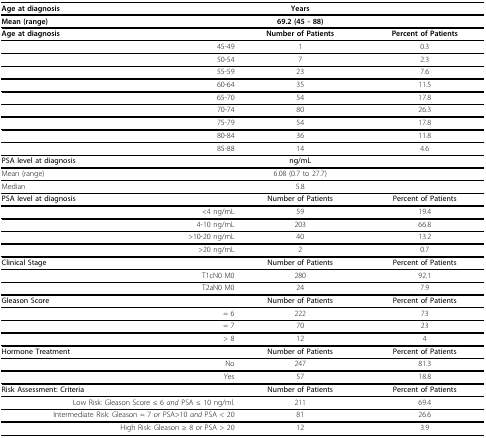
| Age at diagnosis | Years |  |
 | --- | --- | --- |
 | Mean (range) | 69.2 (45 - 88) |  |
 | Age at diagnosis | Number of Patients | Percent of Patients |
 | 45-49 | 1 | 0.3 |
 | 50-54 | 7 | 2.3 |
 | 55-59 | 23 | 7.6 |
 | 60-64 | 35 | 11.5 |
 | 65-70 | 54 | 17.8 |
 | 70-74 | 80 | 26.3 |
 | 75-79 | 54 | 17.8 |
 | 80-84 | 36 | 11.8 |
 | 85-88 | 14 | 4.6 |
 | PSA level at diagnosis | ng/mL |  |
 | Mean (range) | 6.08 (0.7 to 27.7) |  |
 | Median | 5.8 |  |
 | PSA level at diagnosis | Number of Patients | Percent of Patients |
 | <4 ng/mL | 59 | 19.4 |
 | 4-10 ng/mL | 203 | 66.8 |
 | >10-20 ng/mL | 40 | 13.2 |
 | >20 ng/mL | 2 | 0.7 |
 | Clinical Stage | Number of Patients | Percent of Patients |
 | T1cN0 M0 | 280 | 92.1 |
 | T2aN0 M0 | 24 | 7.9 |
 | Gleason Score | Number of Patients | Percent of Patients |
 | = 6 | 222 | 73 |
 | = 7 | 70 | 23 |
 | > 8 | 12 | 4 |
 | Hormone Treatment | Number of Patients | Percent of Patients |
 | No | 247 | 81.3 |
 | Yes | 57 | 18.8 |
 | Risk Assessment: Criteria | Number of Patients | Percent of Patients |
 | Low Risk: Gleason Score ≤ 6 and PSA ≤ 10 ng/ml. | 211 | 69.4 |
 | Intermediate Risk: Gleason = 7 or PSA>10 and PSA < 20 | 81 | 26.6 |
 | High Risk: Gleason ≥ 8 or PSA > 20 | 12 | 3.9 |